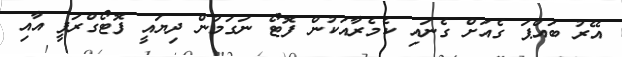
އޭރު ބައްޕަ ގެއަށް ގެނައި ކެމެރާއަކުން ފޮޓޯ ނަގަމުން ދިޔައީ ފޮޓޯގްރަފީ އާއި